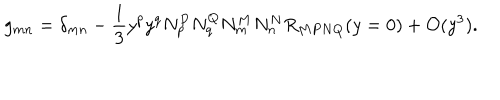
g _ { m n } = \delta _ { m n } - \frac { 1 } { 3 } y ^ { p } y ^ { q } N _ { p } ^ { P } N _ { q } ^ { Q } N _ { m } ^ { M } N _ { n } ^ { N } R _ { M P N Q } ( y = 0 ) + { \cal O } ( y ^ { 3 } ) .